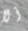
ألا